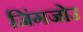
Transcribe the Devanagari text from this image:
जिंगजोउ